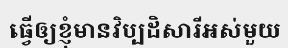
ធ្វើឲ្យខ្ញុំមានវិប្បដិសារីអស់មួយ